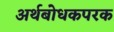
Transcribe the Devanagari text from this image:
अर्थबोधकपरक